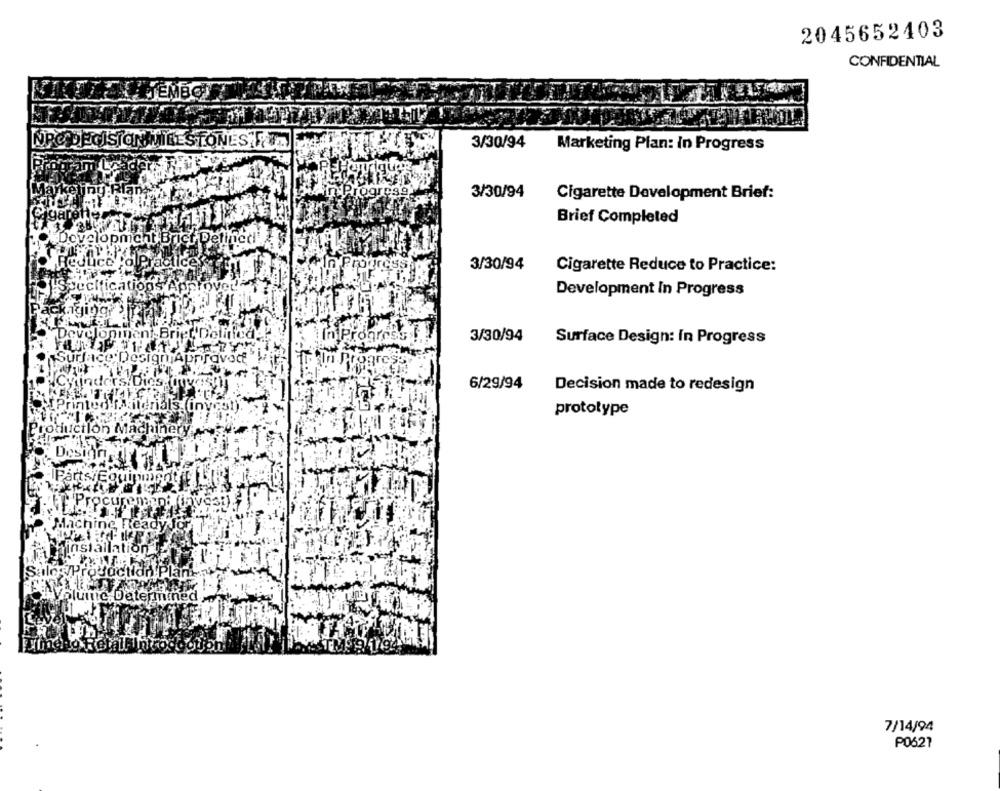
2045652403
CONFIDENTIAL
DEMBOT
NRO DECISION MILESTONES 7.
3/30/94
Marketing Plan: in Progress
3/30/94
Cigarette Development Brief:
Brief Completed
Development Briet Detinen!
3/30/94
Cigarette Reduce to Practice:
Development In Progress
3/30/94
Surface Design: In Progress
Paravoce
6/29/94
Decision made to redesign
prototype
luinc Daterm
red.
7/14/94
PO621